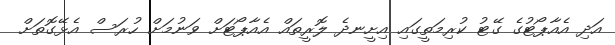
އަދި އެއާޕޯޓުގެ ގޭޓު ކުރިމަތީގައި އިށީނދެ ލޮރީތައް އެއާޕޯޓަށް ވަނުމަށް ހުރަސް އެޅޭގޮތަށް